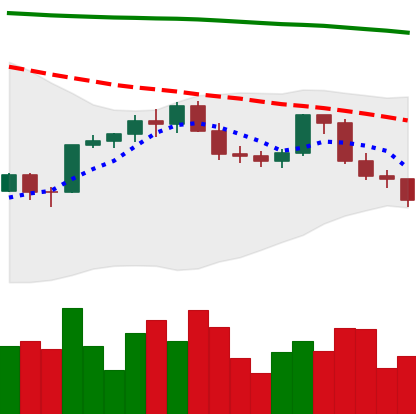
Ticker: ETH-USD
Chart end date: 2022-02-20
Forward return: 5.169%
Label: up_5_7